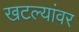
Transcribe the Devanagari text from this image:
खटल्यांवर